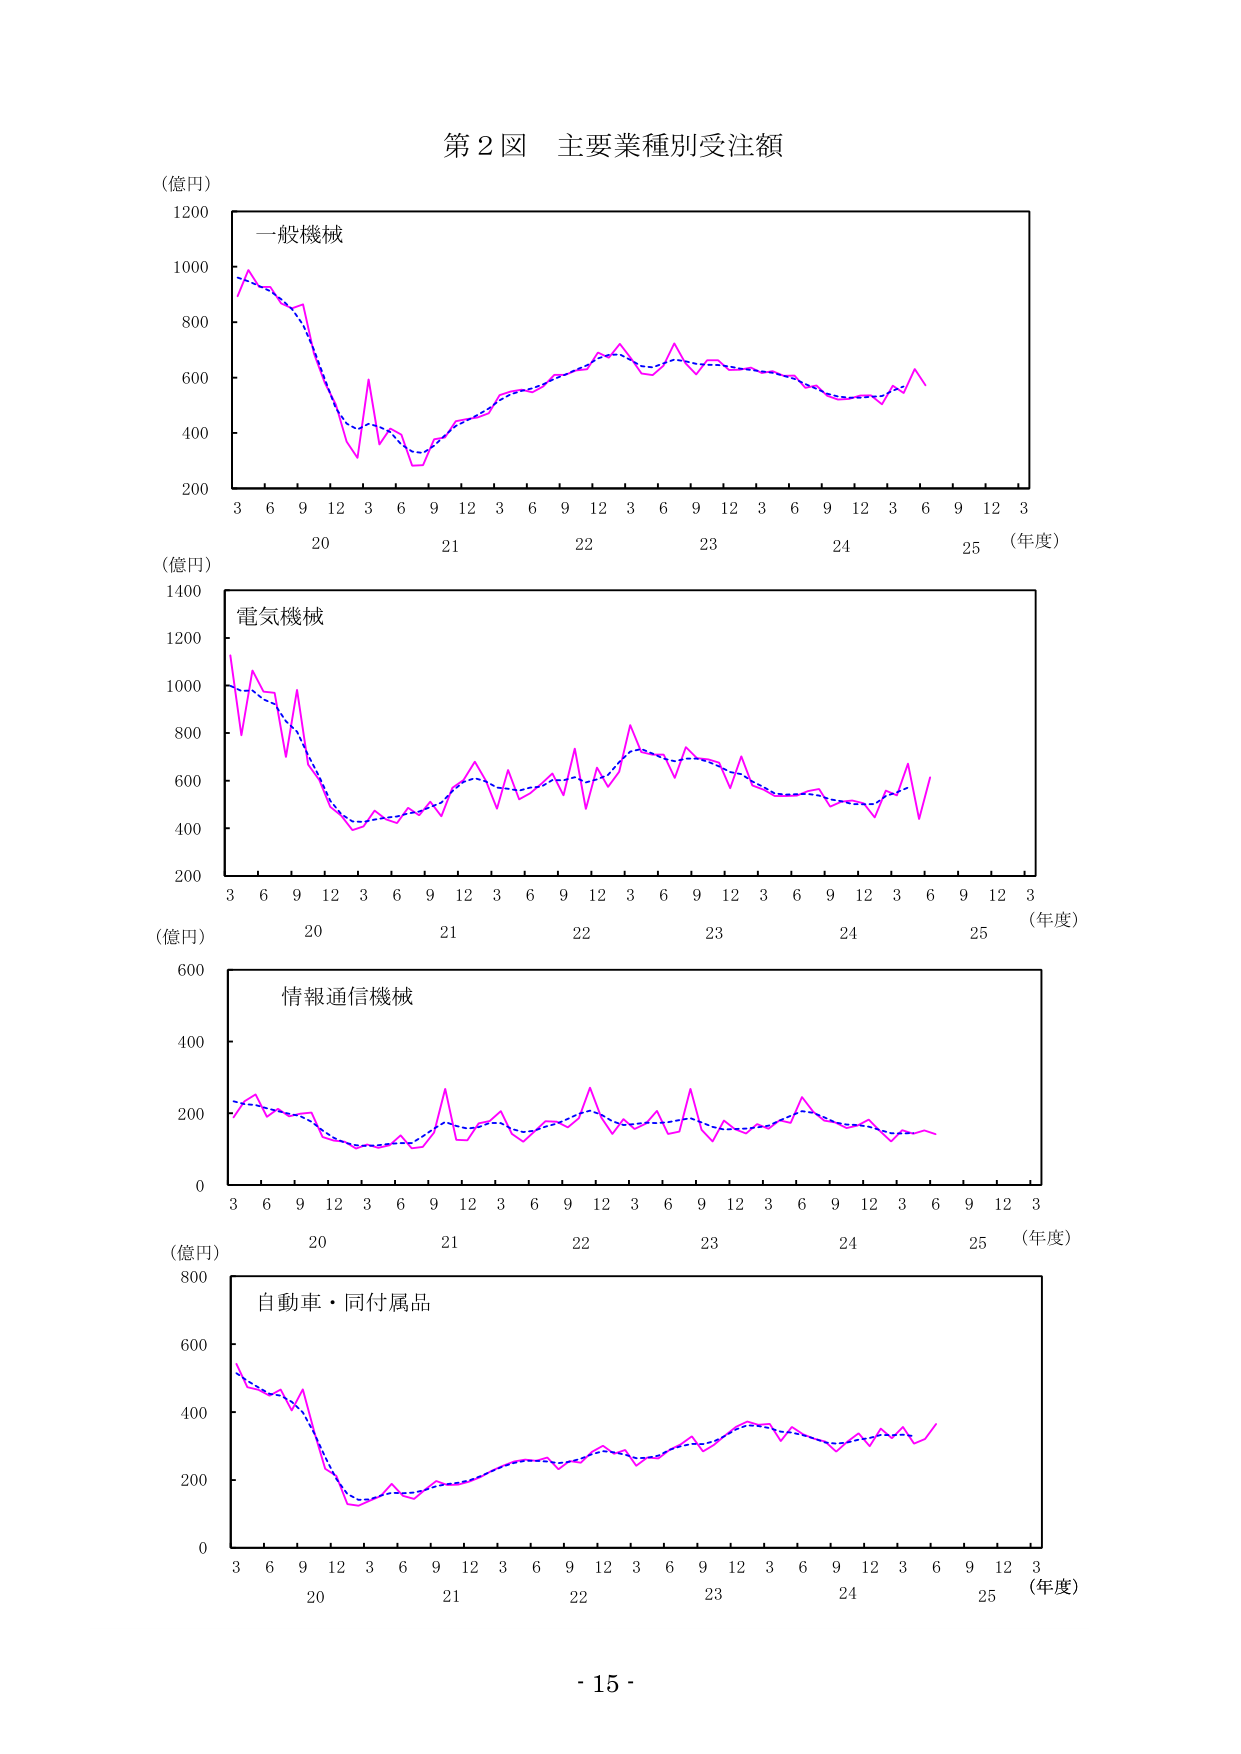
第２図 主要業種別受注額

（億円）
1200
1000
800
600
400
200
一般機械
3 6 9 12 3 6 9 12 3 6 9 12 3 6 9 12 3 6 9 12 3
20 21 22 23 24 25 （年度）

（億円）
1400
1200
1000
800
600
400
200
電気機械
3 6 9 12 3 6 9 12 3 6 9 12 3 6 9 12 3 6 9 12 3
20 21 22 23 24 25 （年度）

（億円）
600
400
200
0
情報通信機械
3 6 9 12 3 6 9 12 3 6 9 12 3 6 9 12 3 6 9 12 3
20 21 22 23 24 25 （年度）

（億円）
800
600
400
200
0
自動車・同付属品
3 6 9 12 3 6 9 12 3 6 9 12 3 6 9 12 3 6 9 12 3
20 21 22 23 24 25 （年度）

- 15 -